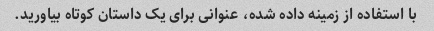
با استفاده از زمینه داده شده، عنوانی برای یک داستان کوتاه بیاورید.